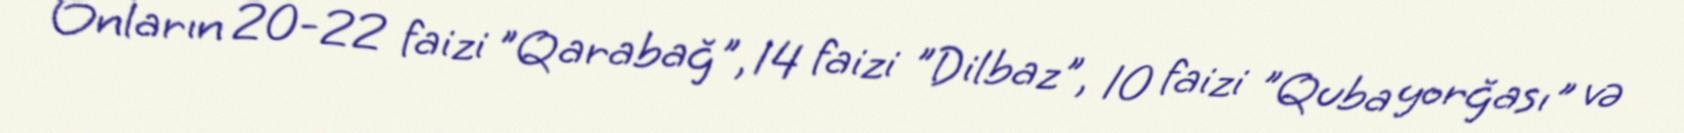
Onların 20-22 faizi "Qarabağ", 14 faizi "Dilbaz", 10 faizi "Quba yorğası" və